Lunatic asylums in Bengal annual reports 1912-1924 - 1912-1924
Year: 1912
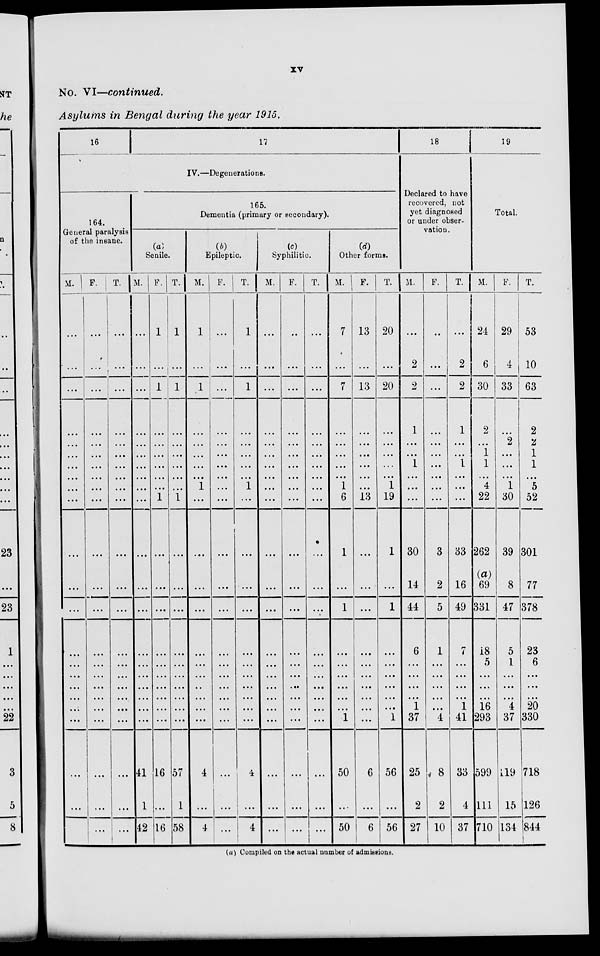
xv
No. VI—continued.
Asylums in Bengal during the year 1915.
16
17
IV.—Degenerations.
164.
General paralysis
of the insane.
M.
...
...
...
...
...
...
...
...
...
...
...
...
......
...
...
...
...
...
......
...
...
...
F.
...
...
...
...
...
...
...
...
...
...
...
...
...
...
...
...
...
...
...
...
...
...
T.
...
...
...
...
...
...
...
...
...
...
...
...
...
...
...
...
...
...
...
...
...
...
165.
Dementia (primary or secondary).
(a)
Senile.
M.
...
...
...
...
...
...
...
...
...
...
...
...
...
...
...
...
...
...
...
...
41
1
42
F.
1
...
1
...
...
...
...
...
...
1
...
...
...
...
...
...
...
...
...
...
16
...
16
T.
1
...
1
...
...
...
...
...
...
1
...
...
...
...
...
...
...
...
...
...
57
1
58
(b)
Epileptic.
M.
1
...
1
...
...
...
...
...
1
...
...
...
...
...
...
...
...
...
...
...
4
...
4
F.
...
...
...
...
...
...
...
...
...
...
...
...
...
...
...
...
...
...
...
...
...
...
...
T.
1
...
1
...
...
...
...
...
1
...
...
...
...
...
...
...
...
...
...
...
4
...
4
(c)
Syphilitic.
M.
...
...
...
...
...
...
...
...
...
...
...
...
...
...
...
...
...
...
...
...
...
...
...
F.
...
...
...
...
...
...
...
...
...
...
...
...
...
...
...
...
...
...
...
...
...
...
...
T.
...
...
...
...
...
...
...
...
...
...
...
...
...
...
...
...
...
...
...
...
...
...
...
(d)
Other forms.
M.
7
...
7
...
...
...
...
... 1
6
1
...
1
...
...
...
...
...
...
1
50
...
50
F.
13
...
13
...
...
...
...
...
...
13
...
...
...
...
...
...
...
...
...
...
6
...
6
T.
20
...
20
...
...
...
...
...
1
19
1
...
1
...
...
...
...
...
...
1
56
...
56
18
Declared to have
recovered, not
yet diagnosed
or under obser-
vation.
M.
...
2
2
1
...
...
1
...
...
...
30
14
44
6
...
...
...
...
1
37
25
2
27
F.
...
...
...
...
...
...
...
...
...
...
3
2
5
1
...
...
...
...
...
4
8
2
10
T.
...
2
2
1
...
...
1
...
...
...
33
16
49
7
...
...
...
...
1
41
33
4
37
19
Total.
M.
24
6
30
2
...
1
1
...
4
22
262
(a)
69
331
18
5
...
...
...
16
293
599
111
710
F.
29
4
33
...
2
...
...
...
1
30
39
8
47
5
1
...
...
...
4
37
119
15
134
T.
53
10
63
2
2
1
1
...
5
52
301
77
378
23
6
...
...
...
20
330
718
126
844
(a) Compiled on the actual number of admissions.